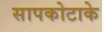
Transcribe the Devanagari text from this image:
सापकोटाके